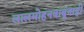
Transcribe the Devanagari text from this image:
लालमोहनबाबूंनाही